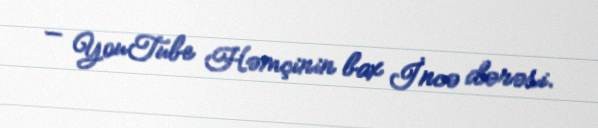
— YouTube Həmçinin bax İncə dərəsi.